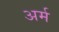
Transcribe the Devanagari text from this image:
अर्म